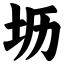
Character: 坜